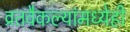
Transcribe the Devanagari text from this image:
व्रतवैकल्यांमध्येही